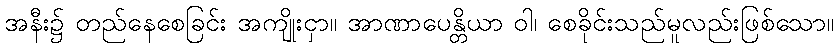
အနီး၌ တည်နေစေခြင်း အကျိုးငှာ။ အာဏာပေန္တိယာ ဝါ၊ စေခိုင်းသည်မူလည်းဖြစ်သော။